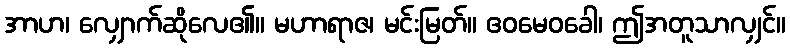
အာဟ၊ လျှောက်ဆိုလေ၏။ မဟာရာဇ၊ မင်းမြတ်။ ဧဝမေဝခေါ၊ ဤအတူသာလျှင်။